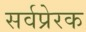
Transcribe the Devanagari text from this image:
सर्वप्रेरक